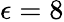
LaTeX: \epsilon=8